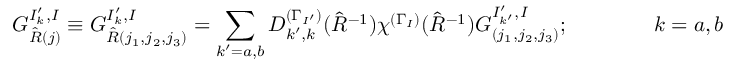
G _ { \hat { R } ( j ) } ^ { I _ { k } ^ { \prime } , I } \equiv G _ { \hat { R } ( j _ { 1 } , j _ { 2 } , j _ { 3 } ) } ^ { I _ { k } ^ { \prime } , I } = \sum _ { k ^ { \prime } = a , b } D _ { k ^ { \prime } , k } ^ { ( \Gamma _ { I ^ { \prime } } ) } ( \hat { R } ^ { - 1 } ) \chi ^ { ( \Gamma _ { I } ) } ( \hat { R } ^ { - 1 } ) G _ { ( j _ { 1 } , j _ { 2 } , j _ { 3 } ) } ^ { I _ { k ^ { \prime } } ^ { \prime } , I } ; \qquad \qquad k = a , b